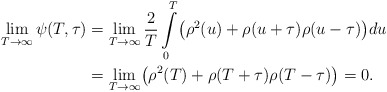
\begin{align*}\lim\limits_{T\rightarrow\infty}\psi(T,\tau)&= \lim\limits_{T\rightarrow\infty}\frac{2}{T}\int\limits_0^{T}\bigl(\rho^2(u)+\rho(u+\tau )\rho(u-\tau)\bigr)du\\& = \lim\limits_{T\rightarrow\infty}\bigl(\rho^2(T)+\rho(T+\tau)\rho(T-\tau )\bigr)=0.\end{align*}